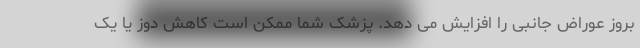
بروز عوراض جانبی را افزایش می دهد. پزشک شما ممکن است کاهش دوز یا یک